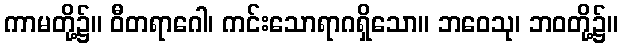
ကာမတို့၌။ ဝီတရာဂေါ၊ ကင်းသောရာဂရှိသော။ ဘဝေသု၊ ဘဝတို့၌။